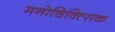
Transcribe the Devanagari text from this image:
मनोचिक्त्सिक